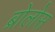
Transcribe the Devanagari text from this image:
ब्रोलोस